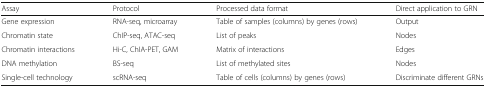
| Assay | Protocol | Processed data format | Direct application to GRN |
 | --- | --- | --- | --- |
 | Gene expression | RNA-seq, microarray | Table of samples (columns) by genes (rows) | Output |
 | Chromatin state | ChIP-seq, ATAC-seq | List of peaks | Nodes |
 | Chromatin interactions | Hi-C, ChIA-PET, GAM | Matrix of interactions | Edges |
 | DNA methylation | BS-seq | List of methylated sites | Nodes |
 | Single-cell technology | scRNA-seq | Table of cells (columns) by genes (rows) | Discriminate different GRNs |